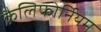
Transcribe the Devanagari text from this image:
कैलिफोर्नियम